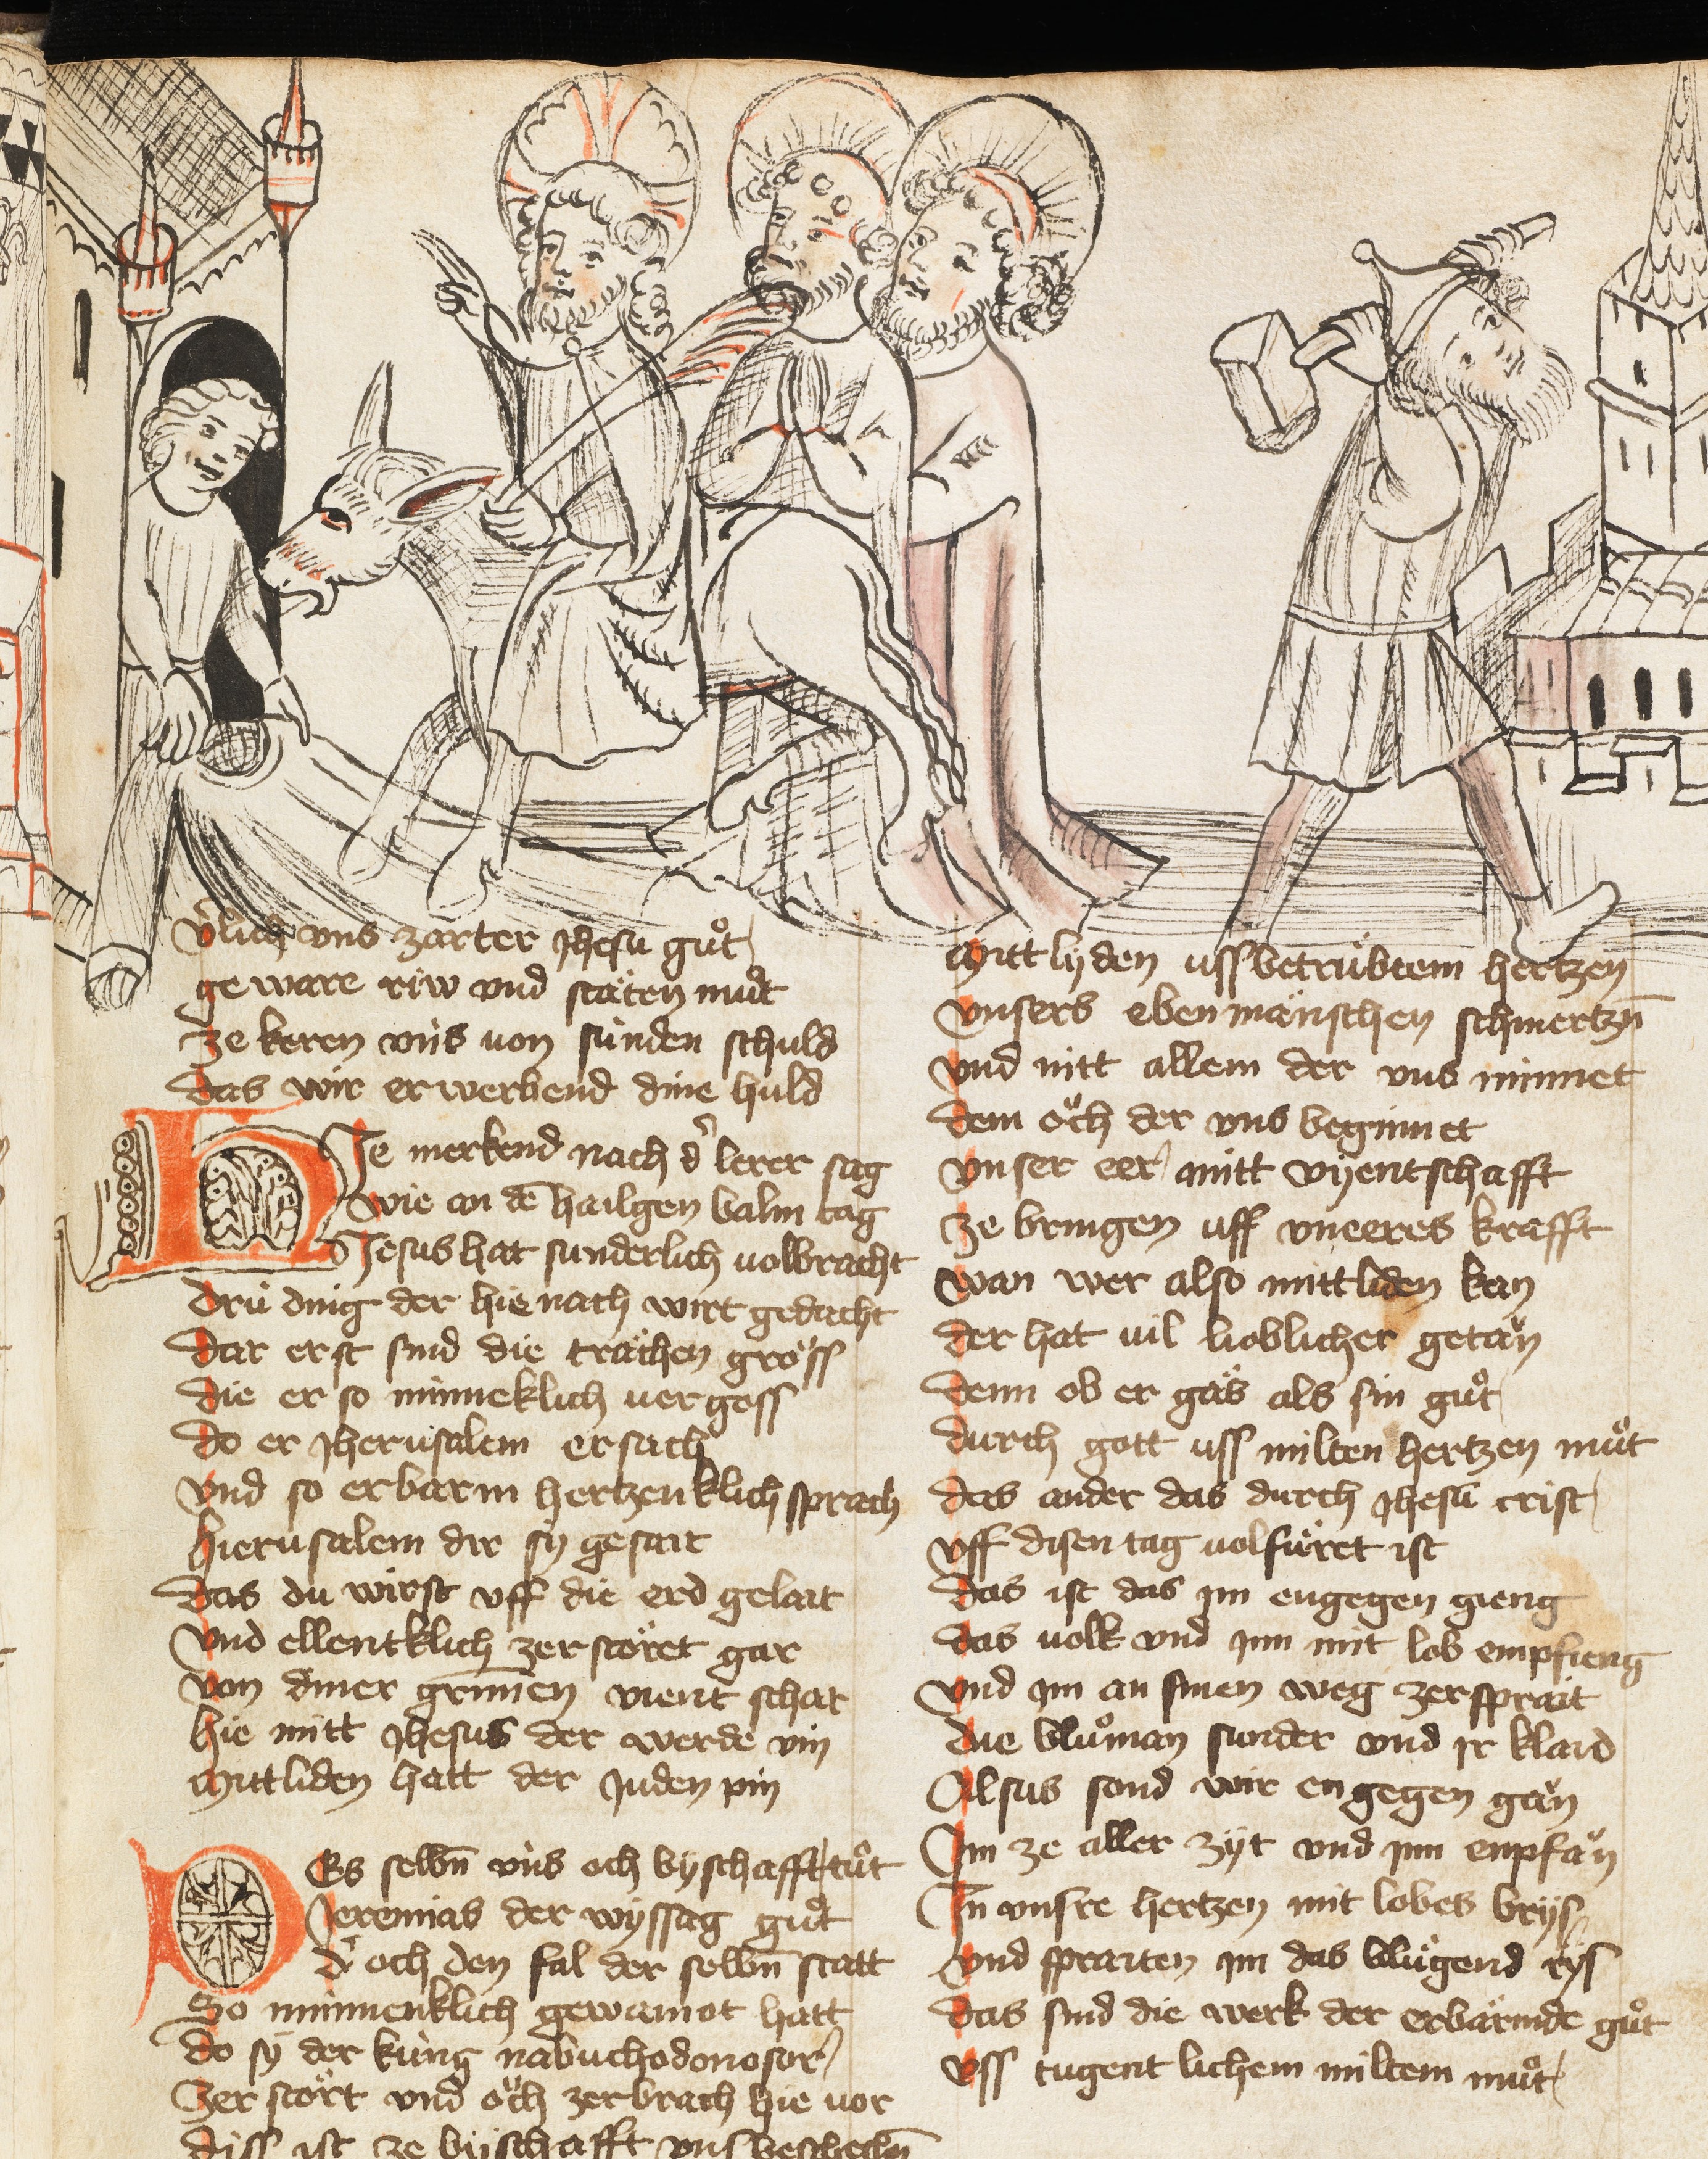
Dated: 1385–1415